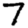
Digit: 7